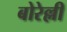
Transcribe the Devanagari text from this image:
बोरेल्ली